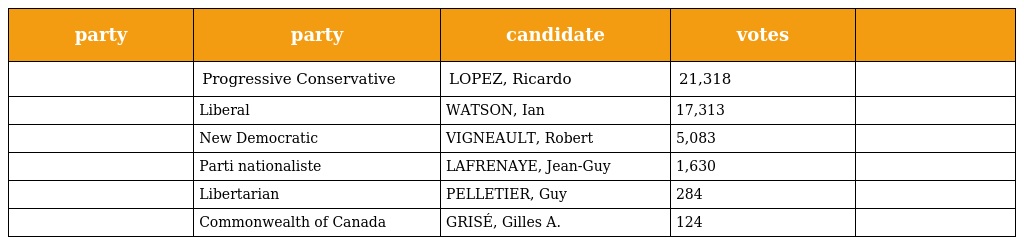
| party | party | candidate | votes |  |
 | --- | --- | --- | --- | --- |
 |  | Progressive Conservative | LOPEZ, Ricardo | 21,318 |  |
 |  | Liberal | WATSON, Ian | 17,313 |  |
 |  | New Democratic | VIGNEAULT, Robert | 5,083 |  |
 |  | Parti nationaliste | LAFRENAYE, Jean-Guy | 1,630 |  |
 |  | Libertarian | PELLETIER, Guy | 284 |  |
 |  | Commonwealth of Canada | GRISÉ, Gilles A. | 124 |  |